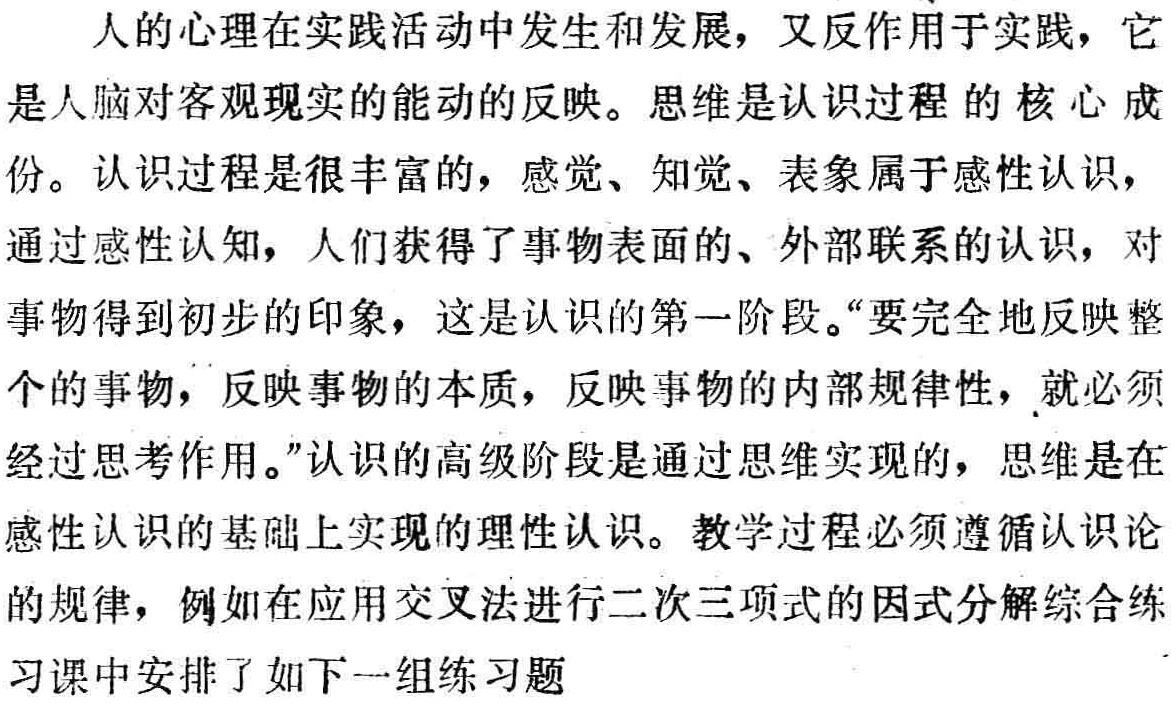
人的心理在实践活动中发生和发展，又反作用于实践，它是人脑对客观现实的能动的反映。思维是认识过程的核心成份。认识过程是很丰富的，感觉、知觉、表象属于感性认识，通过感性认知，人们获得了事物表面的、外部联系的认识，对事物得到初步的印象，这是认识的第一阶段。“要完全地反映整个的事物，反映事物的本质，反映事物的内部规律性，就必须经过思考作用。”认识的高级阶段是通过思维实现的，思维是在感性认识的基础上实现的理性认识。教学过程必须遵循认识论的规律，例如在应用交叉法进行二次三项式的因式分解综合练习课中安排了如下一组练习题